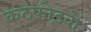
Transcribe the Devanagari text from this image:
कठफोड़वों